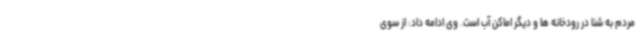
مردم به شنا در رودخانه ها و دیگر اماکن آب است. وی ادامه داد: از سوی